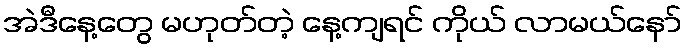
အဲဒီနေ့တွေ မဟုတ်တဲ့ နေ့ကျရင် ကိုယ် လာမယ်နော်